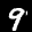
Label: 9